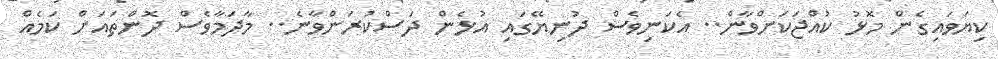
ކިޔަވައިގެން މޮޅު ކުއްޖަކަށްވާން.. އެކަނިވެސް ދުނިޔޭގައި އުޅެން ދަސްކުރަންވާނެ.. މާދަމާވެސް ދޮންތައަށް ކަމެއް